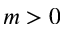
m > 0